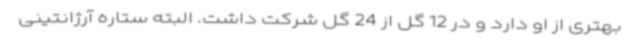
بهتری از او دارد و در 12 گل از 24 گل شرکت داشت. البته ستاره آرژانتینی